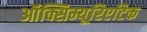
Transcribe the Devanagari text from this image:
ऑक्सिम्यूरिएटिक